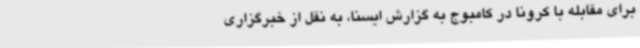
برای مقابله با کرونا در کامبوج به گزارش ایسنا، به نقل از خبرگزاری